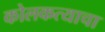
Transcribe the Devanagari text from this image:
कोलकत्याचा